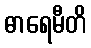
ဓာရေမီတိ